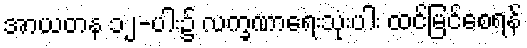
အာယတန ၁၂-ပါး၌ လက္ခဏာရေးသုံးပါး ထင်မြင်စေရန်